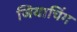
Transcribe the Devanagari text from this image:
जियाचिंग